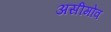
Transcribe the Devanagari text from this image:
असीमोव